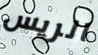
الريس